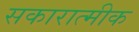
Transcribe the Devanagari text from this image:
सकारात्मीक